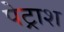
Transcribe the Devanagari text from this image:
पेट्राश